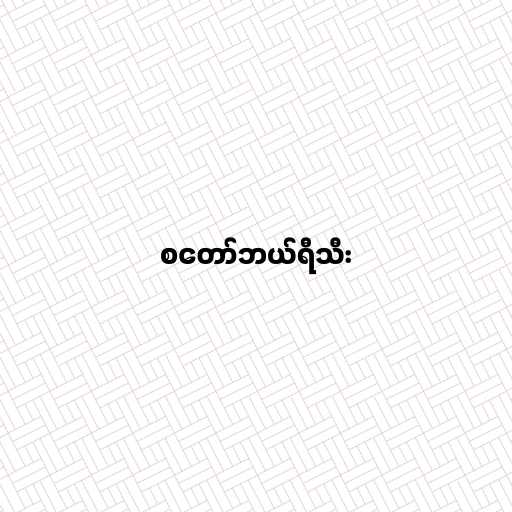
စတော်ဘယ်ရီသီး